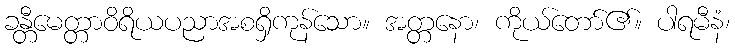
ခန္တီမေတ္တာဝိရိယပညာအစရှိကုန်သော။ အတ္တနော၊ ကိုယ်တော်၏။ ပါရမီနံ၊